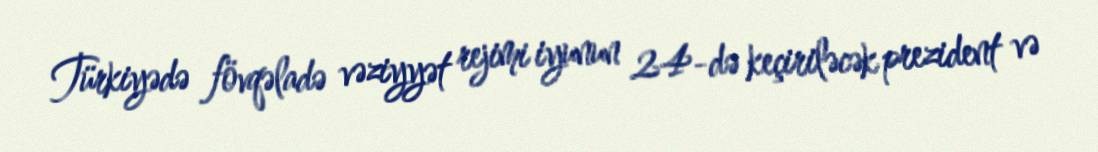
Türkiyədə fövqəladə vəziyyət rejimi iyunun 24-də keçiriləcək prezident və